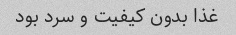
غذا بدون کیفیت و سرد بود